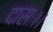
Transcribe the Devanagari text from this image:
दासः।।